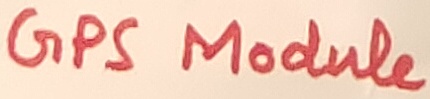
Text: GPS Module